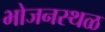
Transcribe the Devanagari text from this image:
भोजनस्थळ